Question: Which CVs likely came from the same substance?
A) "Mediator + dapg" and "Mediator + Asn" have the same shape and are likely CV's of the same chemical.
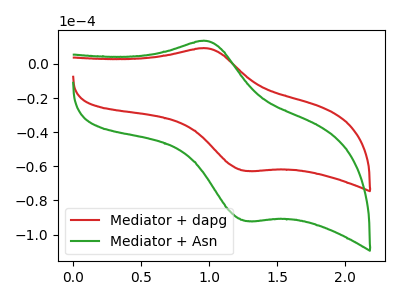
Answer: <think>The red curve "Mediator + dapg" has an anodic peak at (1.00V, 9.15uA) and a cathodic peak at (1.25V, -62.70uA). The green curve "Mediator + Asn" has an anodic peak at (1.00V, 13.40uA) and a cathodic peak at (1.25V, -92.05uA).
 All the peaks in "Mediator + dapg" have a peak in "Mediator + Asn" at the same potential. Every peak in "Mediator + dapg" is lower than every peak in "Mediator + Asn".</think>
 <answer>A) "Mediator + dapg" and "Mediator + Asn" have the same shape and are likely CV's of the same chemical.</answer>
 <eval>A</eval>